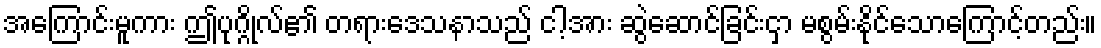
အကြောင်းမူကား ဤပုဂ္ဂိုလ်၏ တရားဒေသနာသည် ငါ့အား ဆွဲဆောင်ခြင်းငှာ မစွမ်းနိုင်သောကြောင့်တည်း။